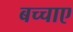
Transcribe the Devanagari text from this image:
बच्चाए